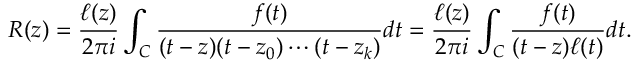
R ( z ) = { \frac { \ell ( z ) } { 2 \pi i } } \int _ { C } { \frac { f ( t ) } { ( t - z ) ( t - z _ { 0 } ) \cdots ( t - z _ { k } ) } } d t = { \frac { \ell ( z ) } { 2 \pi i } } \int _ { C } { \frac { f ( t ) } { ( t - z ) \ell ( t ) } } d t .